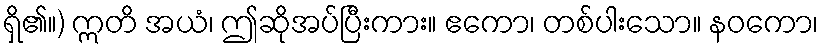
ရှိ၏။) ဣတိ အယံ၊ ဤဆိုအပ်ပြီးကား။ ဧကော၊ တစ်ပါးသော။ နဝကော၊